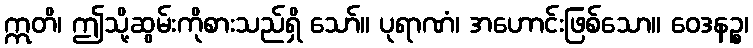
ဣတိ၊ ဤသို့ဆွမ်းကိုစားသည်ရှိ သော်။ ပုရာဏံ၊ အဟောင်းဖြစ်သော။ ဝေဒနဉ္စ၊